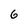
Character: 6